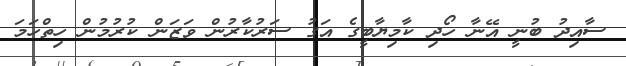
ސާއިދު ބުނީ އޭނާ ހޯދި ކާމިޔާބީގެ އަގު ސަރުކާރުން ވަޒަން ކުރުމުން ހިތްހަމަ